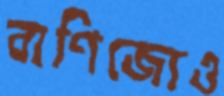
বাণিজ্যেও